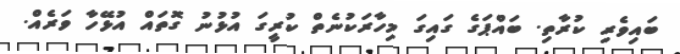
ބައިވެރި ކުރާތި. ބައްޕަގެ ގައިގަ މިހާރަކުނެތް ކުރީގަ އުޅުނު ގޮތައް އުޅޭހާ ވަރެއް.